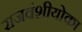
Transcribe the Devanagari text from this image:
राजवंशीयोका